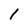
Character: 1